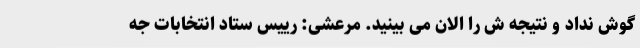
گوش نداد و نتیجه ش را الان می بینید. مرعشی: رییس ستاد انتخابات جه